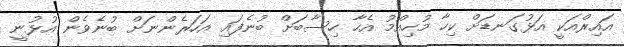
އައިރްއަކީ އަޅުގަނޑަށް ކިހާ މުހިއްމު އެހާ ހިސާބަށް ބުނެފައި އަހަރެންނަށް ބުނެވެން އުޅުނީ